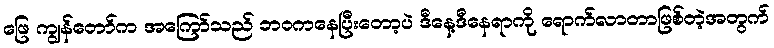
ဖြေ ကျွန်တော်က အကြော်သည် ဘဝကနေပြီးတော့ပဲ ဒီနေ့ဒီနေရာကို ရောက်လာတာဖြစ်တဲ့အတွက်